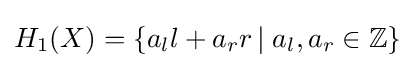
H_{1}(X)=\{a_{l}l+a_{r}r\,|\;a_{l},a_{r}\in \mathbb {Z} \}